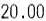
20.00